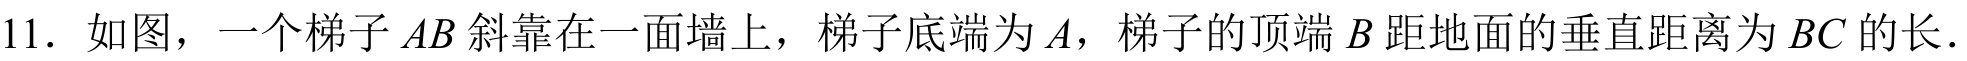
11. 如图，一个梯子\(AB\)斜靠在一面墙上，梯子底端为\(A\)，梯子的顶端\(B\)距地面的垂直距离为\(BC\)的长.